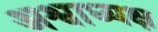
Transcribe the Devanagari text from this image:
अश्वाध्यक्ष